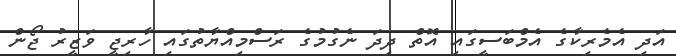
އަދި އެމެރިކާގެ އެމްބަސީގައި އޮތް ދިދަ ނެގުމުގެ ރަސްމިއްޔާތުގައި ހާރިޖީ ވަޒީރު ޖޯން